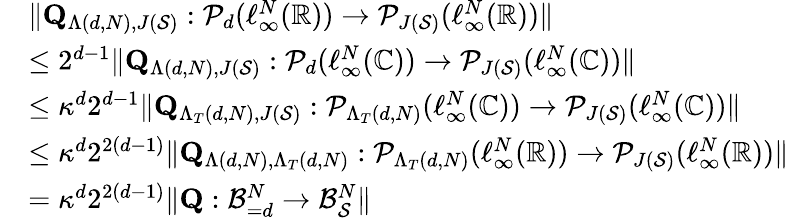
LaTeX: \begin{array}{rl}&{\| \mathbf{Q}_{\Lambda(d,N),J(\mathcal{S})}:\mathcal{P}_{d}(\ell_{\infty}^{N}(\mathbb{R}))\to\mathcal{P}_{J(\mathcal{S})}(\ell_{\infty}^{N}(\mathbb{R}))\| }\\ &{\leq 2^{d-1}\| \mathbf{Q}_{\Lambda(d,N),J(\mathcal{S})}:\mathcal{P}_{d}(\ell_{\infty}^{N}(\mathbb{C}))\to\mathcal{P}_{J(\mathcal{S})}(\ell_{\infty}^{N}(\mathbb{C}))\| }\\ &{\leq\kappa^{d}2^{d-1}\| \mathbf{Q}_{\Lambda_{T}(d,N),J(\mathcal{S})}:\mathcal{P}_{\Lambda_{T}(d,N)}(\ell_{\infty}^{N}(\mathbb{C}))\to\mathcal{P}_{J(\mathcal{S})}(\ell_{\infty}^{N}(\mathbb{C}))\| }\\ &{\leq\kappa^{d}2^{2(d-1)}\| \mathbf{Q}_{\Lambda(d,N),\Lambda_{T}(d,N)}:\mathcal{P}_{\Lambda_{T}(d,N)}(\ell_{\infty}^{N}(\mathbb{R}))\to\mathcal{P}_{J(\mathcal{S})}(\ell_{\infty}^{N}(\mathbb{R}))\| }\\ &{=\kappa^{d}2^{2(d-1)}\| \mathbf{Q}:\mathcal{B}_{=d}^{N}\to\mathcal{B}_{\mathcal{S}}^{N}\| }\end{array}